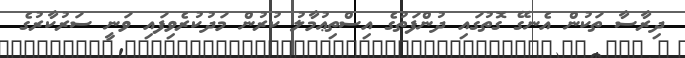
ދިރާސާ ތަކުން އެނގޭ ގޮތުގައި ދުންފަތުގެ އިސްތިޢުމާލު ކުރުން މަދުކުރެވިފައި ވަނީ ސަރުކާރުގެ